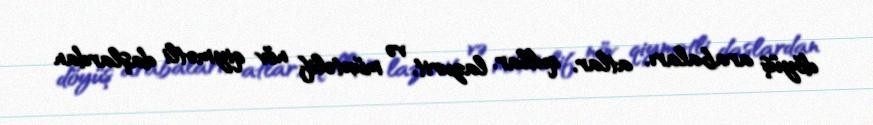
döyüş arabaları, atlar, qullar, lazurit, və müxtəlif növ qiymətli daşlardan